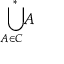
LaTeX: { \underset { A \in C } { \, \, \bigcup ^ { * } \! } } A